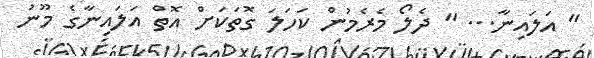
" އަލައިނާ... " ދެލޯ މެރެމުން ކަހަލަ ގޮތަކަށް އޮތް އަލައިނާގެ މޫނު